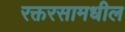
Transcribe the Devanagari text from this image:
रक्तरसामधील